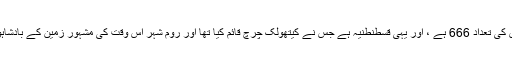
جانور دوسرا ہے اور اس کی تعداد 666 ہے ، اور یہی قسطنطنیہ ہے جس نے کیتھولک چرچ قائم کیا تھا اور روم شہر اس وقت کی مشہور زمین کے بادشاہوں پر حکومت کرتا ہے۔